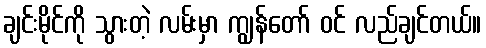
ချင်းမိုင်ကို သွားတဲ့ လမ်းမှာ ကျွန်တော် ဝင် လည်ချင်တယ်။